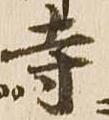
寺